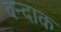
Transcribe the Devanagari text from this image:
वन्दाक